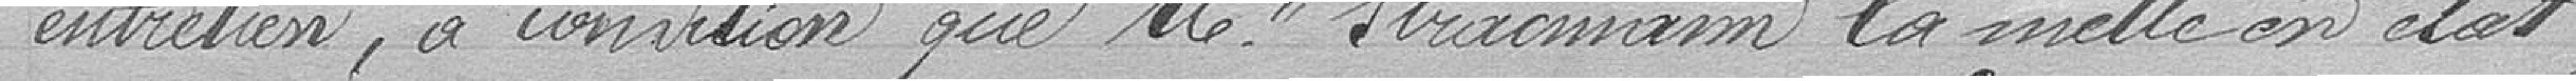
entretien, à condition que Monsieur Stracmann la mette en état,